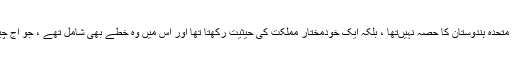
یہ وہ دور تھا، جب جموں وکشمیر متحدہ ہندوستان کا حصہ نہیںتھا ، بلکہ ایک خودمختار مملکت کی حیثیت رکھتا تھا اور اس میں وہ خطے بھی شامل تھے ، جو آج چین اور پاکستان کی تحویل میں ہیں۔